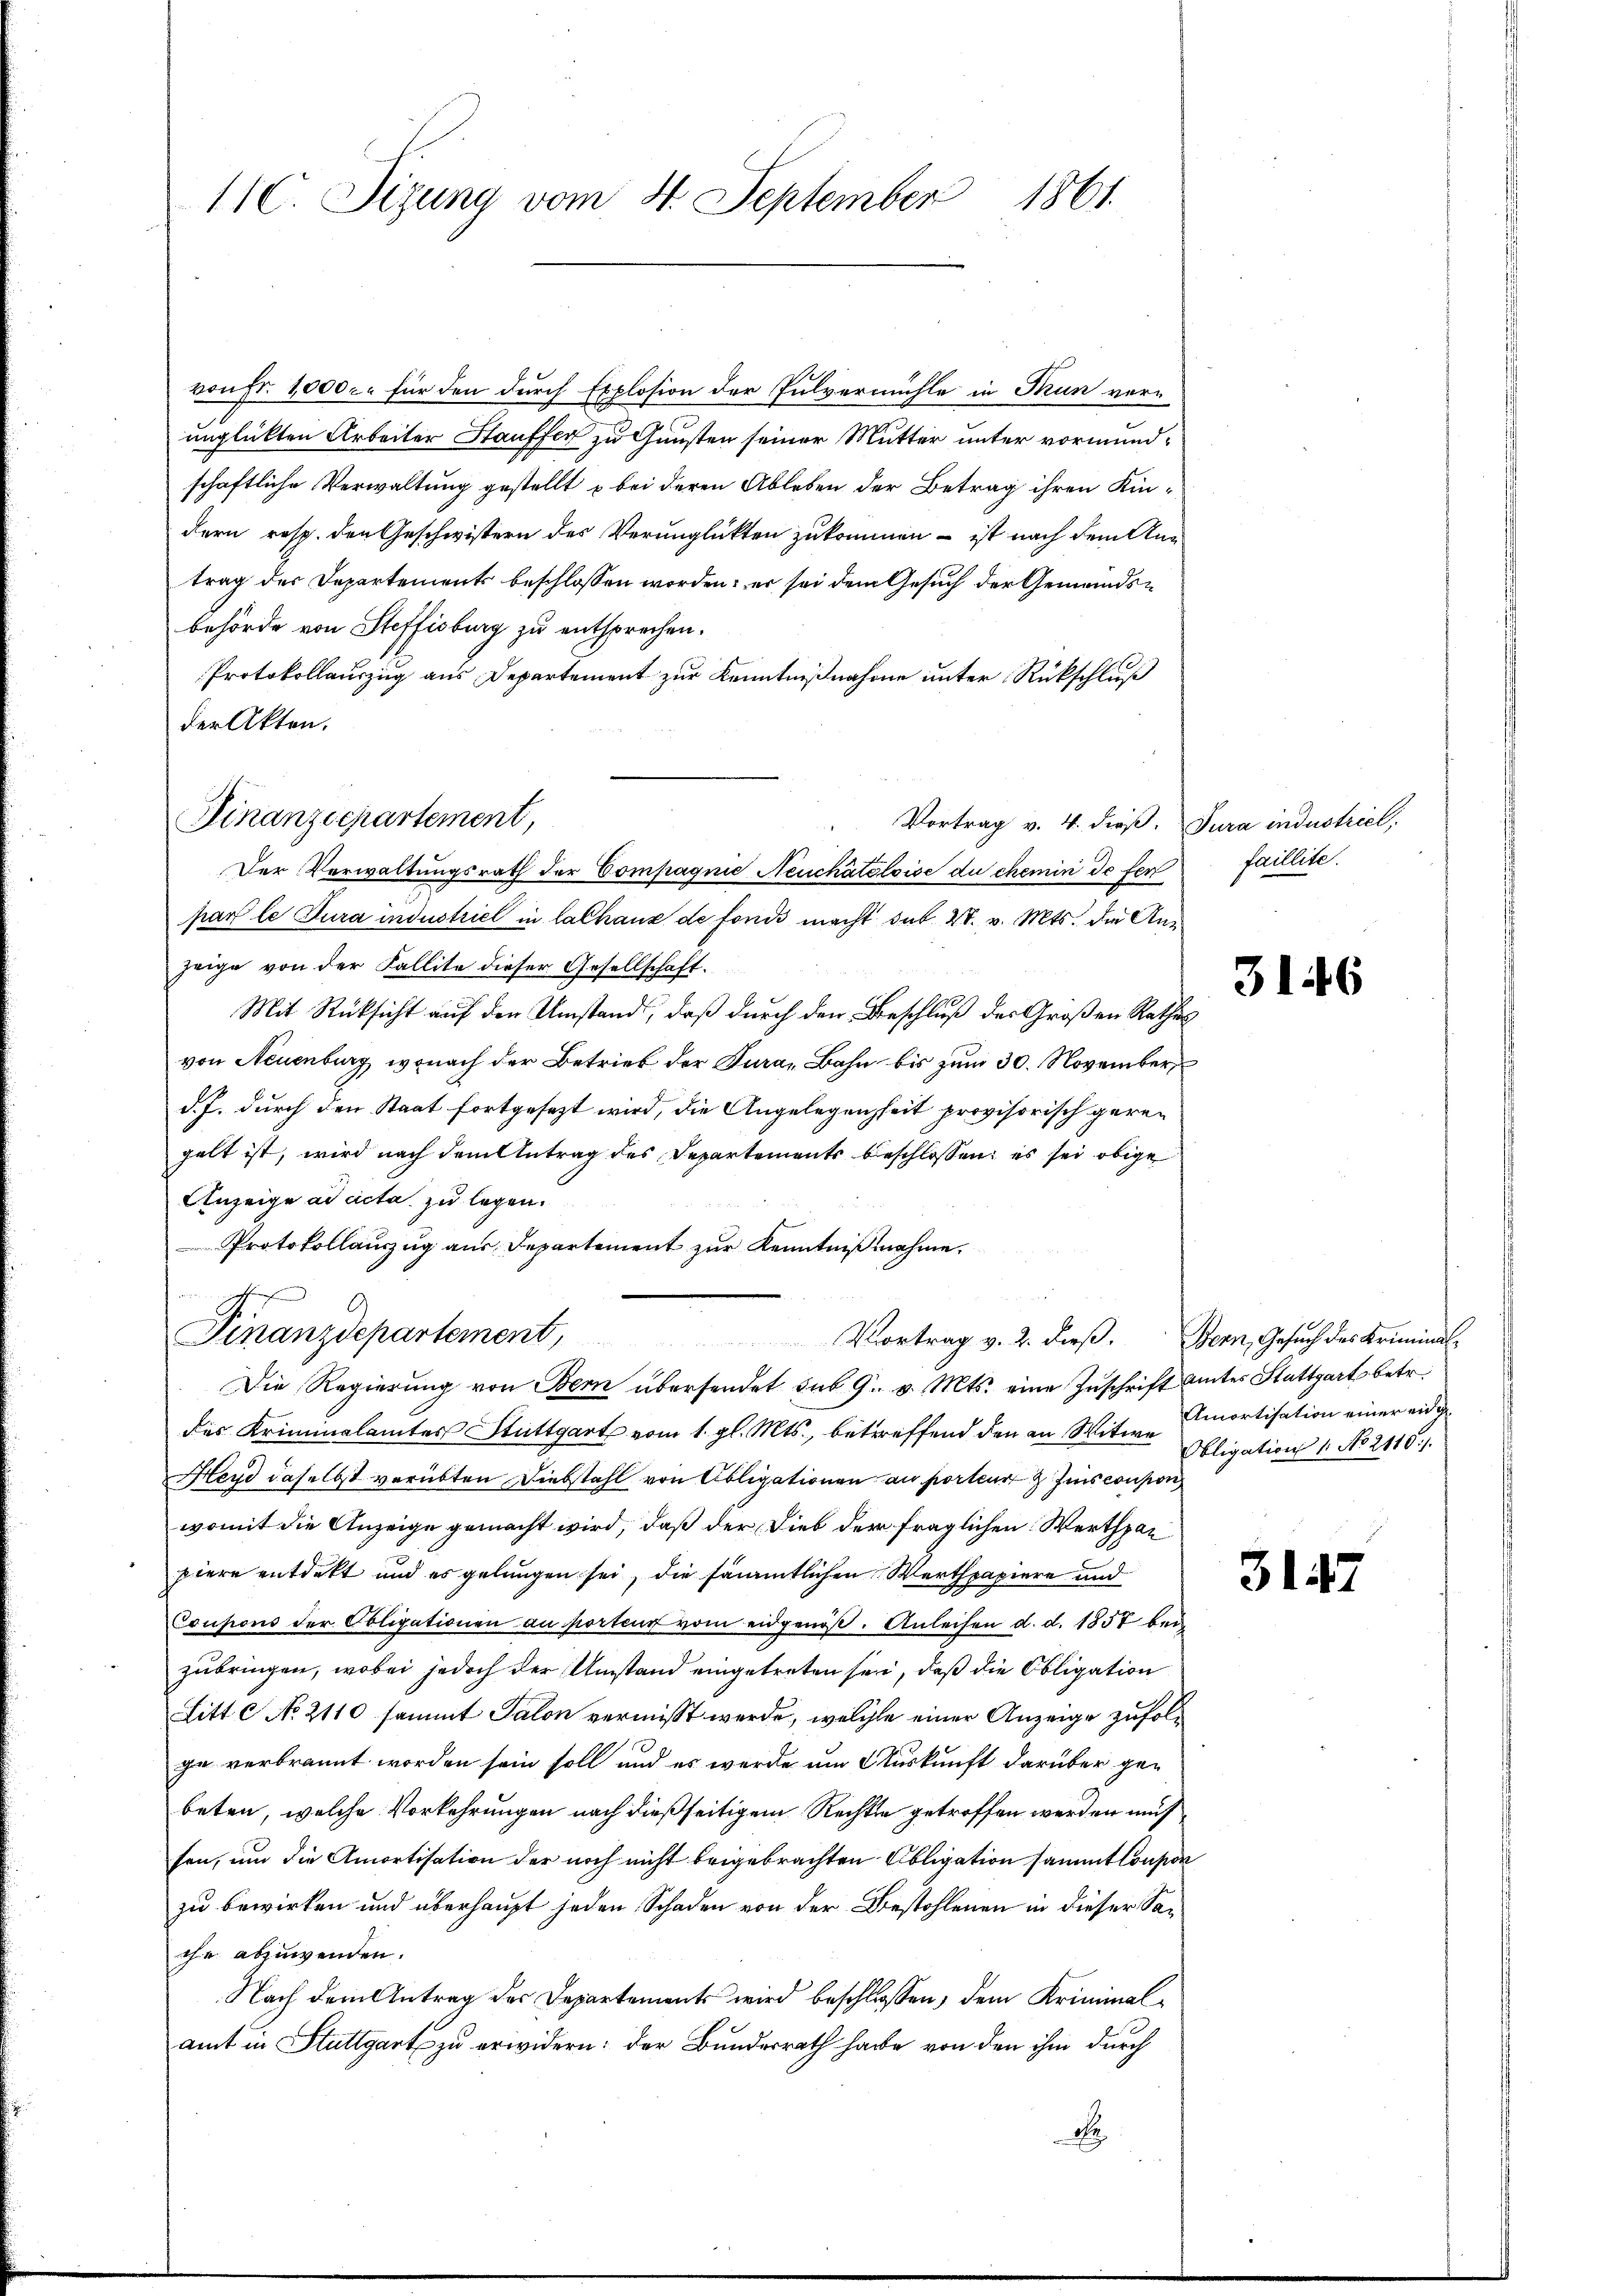
11. Sizung vom 4. September 1861.

von Fr. 1000 c. für den durch Explosion der Pulvermühle in Tun verunglükten Arbeiter Hauffer zu Gunsten seiner Mutter unter vormundschaftliche Verwaltung gestellt & bei deren Ableben der Betrag ihren Kindern resp. den Geschwistern des Verunglükten zukommen - ist nach dem Antrag des Departements beschlossen worden; er sei dem Gesuch der Gemeindsbehörde von Steffisburg zu entsprechen.
Protokollauszug aus Departement zur Kenntnißnahme unter Rückschluß
der Akten.
Vortrag v. 4. dieß.
Der Verwaltungsrath der Compagnie Neuchâteloise du chemin de fert
par le Jura industriel in lalhaus de fonds macht das W. v. Mts. die Anzeige von der Fallite dieser Gesellschaft.
Mit Rücksicht auf den Umstand, daß durch den Beschluß des Großen Rathes
von Neuenburg, wonach der Betrieb der Jura, Bahn bis zum 30. November
d. J. durch den Staat fortgesezt wird, die Angelegenheit provisorisch geren
gelt ist, wird nach dem Antrag des Departements beschlossen, es sei obige
Anzeige ad acta zu legen.
Protokollauszug aus Departement zur Kenntnißnahme.
khen
Finanzdepartement,
Vortrag v. 2. dieβ. Bern, Gesuch des Kriminal-
Die Regierŭng von Bern übersendet sub 9. v. Mts. eine Zŭschrift amtes Stuttgart betr.
des Kriminalamtes Stuttgart vom 1. gl. Mts., betreffend den an Witwe Amortisation einer eidge¬
Herd daselbst verübten Diebstahl von Obligationen an porteur & Zins coupon
womit die Anzeige gemacht wird, daß der Dieb der fraglichen Werthpar
piere entdekt und es gelungen sei, die sämmtlichen Werthpapiere und
Coupons der Obligationen au porteur vom eidgenöß. Anleisen d. d. 1857 bei
zubringen, wobei jedoch der Umstand eingetreten sei, daß die Obligation
Litt No. 2110 sammt Salon vermißt werde, welche einer Anzeige zufolge verbrannt worden sein soll und es werde um Auskunft darüber gebeten, welche Vorkehrungen nach dießseitigem Rechte getroffen werden muß
sen, um die Amortisation der noch nicht beigebrachten Obligation sammt Coupon
zu bewirken und überhaupt jeden Schaden von der Bestohlenen in dieser Sache abzuwenden.
Nach dem Antrag des Departements wird beschlossen, dem Kriminalamt in Stuttgart zu erwidern: der Bundesrath habe von den ihm durch
d

Finanzdepartement,

Jura industriel,
faillite.

3146

Obligation 1. No 2110).

3147